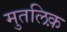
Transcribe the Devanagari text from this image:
मुतलिक़